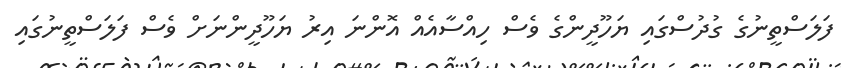
ފަލަސްތީނުގެ ގުދުސްގައި ޔަހޫދީންގެ ވެސް ހިއްސާއެއް އޮންނަ އިރު ޔަހޫދީންނަށް ވެސް ފަލަސްތީނުގައި